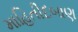
માહિતીદબાણ